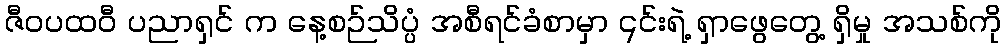
ဇီဝပထဝီ ပညာရှင် က နေ့စဉ်သိပ္ပံ အစီရင်ခံစာမှာ ၎င်းရဲ့ ရှာဖွေတွေ့ ရှိမှု အသစ်ကို